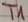
Text: T1